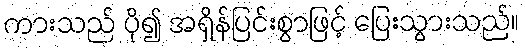
ကားသည် ပို၍ အရှိန်ပြင်းစွာဖြင့် ပြေးသွားသည်။